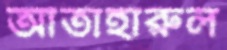
আতাহারুল